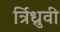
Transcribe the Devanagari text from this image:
र्त्रिध्रुवी